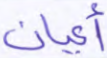
أعيان